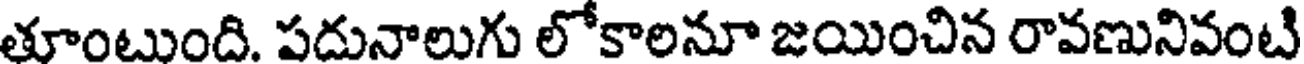
తూంటుంది. పదునాలుగు లోకాలనూ జయించిన రావణునివంటి